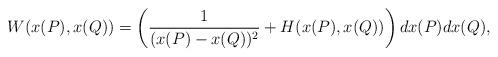
LaTeX: \begin{align*}W(x(P), x(Q))=\left(\frac{1}{(x(P)-x(Q))^2}+H(x(P), x(Q))\right)dx(P)dx(Q),\end{align*}